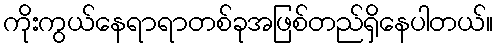
ကိုးကွယ်နေရာရာတစ်ခုအဖြစ်တည်ရှိနေပါတယ်။